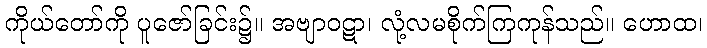
ကိုယ်တော်ကို ပူဇော်ခြင်း၌။ အဗျာဝဋာ၊ လုံ့လမစိုက်ကြကုန်သည်။ ဟောထ၊